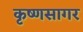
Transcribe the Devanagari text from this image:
कृष्णसागर